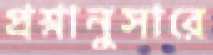
প্রশ্নানুসারে